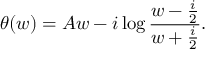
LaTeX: \theta ( w ) = A w - i \log { \frac { w - { \frac { i } { 2 } } } { w + { \frac { i } { 2 } } } } .